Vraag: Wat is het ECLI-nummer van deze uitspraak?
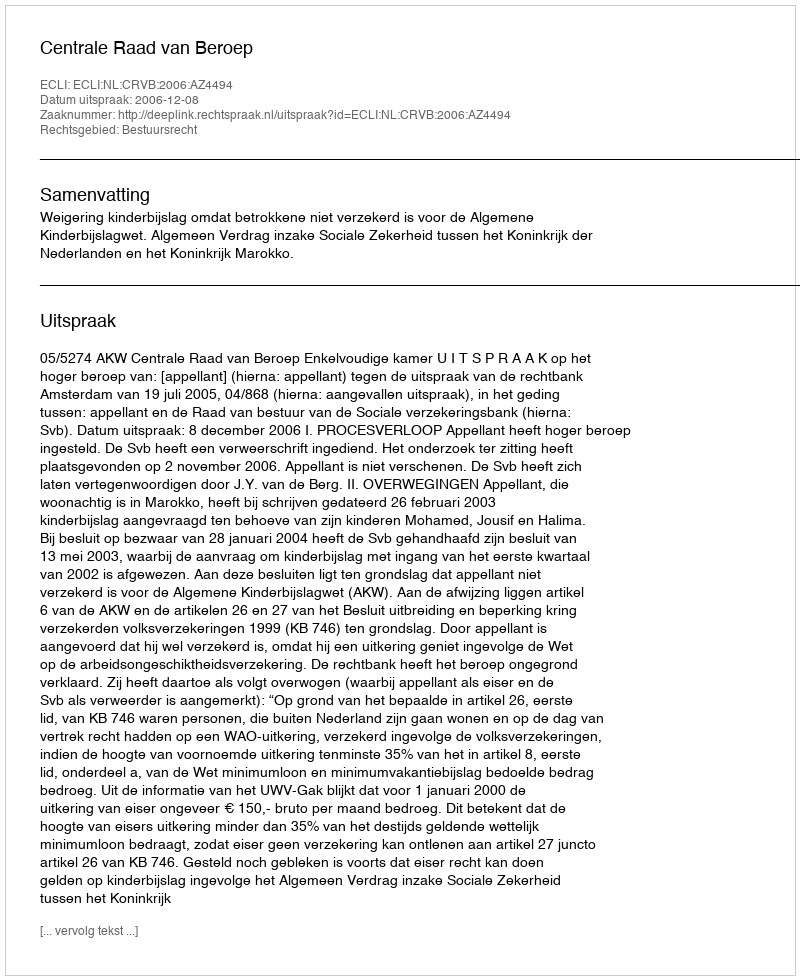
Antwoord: ECLI:NL:CRVB:2006:AZ4494